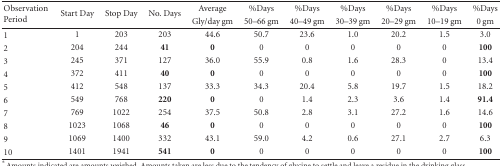
<table><thead><tr><td rowspan="2"><b>Observation Period</b></td><td rowspan="2"><b>Start Day</b></td><td rowspan="2"><b>Stop Day</b></td><td rowspan="2"><b>No. Days</b></td><td><b>Average</b></td><td><b>%Days</b></td><td><b>%Days</b></td><td><b>%Days</b></td><td><b>%Days</b></td><td><b>%Days</b></td><td><b>%Days</b></td></tr><tr><td><b>Gly/day gm</b></td><td><b>50–66 gm</b></td><td><b>40–49 gm</b></td><td><b>30–39 gm</b></td><td><b>20–29 gm</b></td><td><b>10–19 gm</b></td><td><b>0 gm </b></td></tr></thead><tbody><tr><td>1</td><td>1</td><td>203</td><td>203</td><td>44.6</td><td>50.7</td><td>23.6</td><td>1.0</td><td>20.2</td><td>1.5</td><td>3.0</td></tr><tr><td>2</td><td>204</td><td>244</td><td><b>41</b></td><td><b>0</b></td><td>0</td><td>0</td><td>0</td><td>0</td><td>0</td><td><b>100</b></td></tr><tr><td>3</td><td>245</td><td>371</td><td>127</td><td>36.0</td><td>55.9</td><td>0.8</td><td>1.6</td><td>28.3</td><td>0</td><td>13.4</td></tr><tr><td>4</td><td>372</td><td>411</td><td><b>40</b></td><td><b>0</b></td><td>0</td><td>0</td><td>0</td><td>0</td><td>0</td><td><b>100</b></td></tr><tr><td>5</td><td>412</td><td>548</td><td>137</td><td>33.3</td><td>34.3</td><td>20.4</td><td>5.8</td><td>19.7</td><td>1.5</td><td>18.2</td></tr><tr><td>6</td><td>549</td><td>768</td><td><b>220</b></td><td><b>0</b></td><td>0</td><td>1.4</td><td>2.3</td><td>3.6</td><td>1.4</td><td><b>91.4</b></td></tr><tr><td>7</td><td>769</td><td>1022</td><td>254</td><td>37.5</td><td>50.8</td><td>2.8</td><td>3.1</td><td>27.2</td><td>1.6</td><td>14.6</td></tr><tr><td>8</td><td>1023</td><td>1068</td><td><b>46</b></td><td><b>0</b></td><td>0</td><td>0</td><td>0</td><td>0</td><td>0</td><td><b>100</b></td></tr><tr><td>9</td><td>1069</td><td>1400</td><td>332</td><td>43.1</td><td>59.0</td><td>4.2</td><td>0.6</td><td>27.1</td><td>2.7</td><td>6.3</td></tr><tr><td>10</td><td>1401</td><td>1941</td><td><b>541</b></td><td><b>0</b></td><td>0</td><td>0</td><td>0</td><td>0</td><td>0</td><td><b>100</b></td></tr></tbody></table>